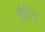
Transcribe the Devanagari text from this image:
ईविग